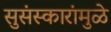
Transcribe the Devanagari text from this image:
सुसंस्कारांमुळे